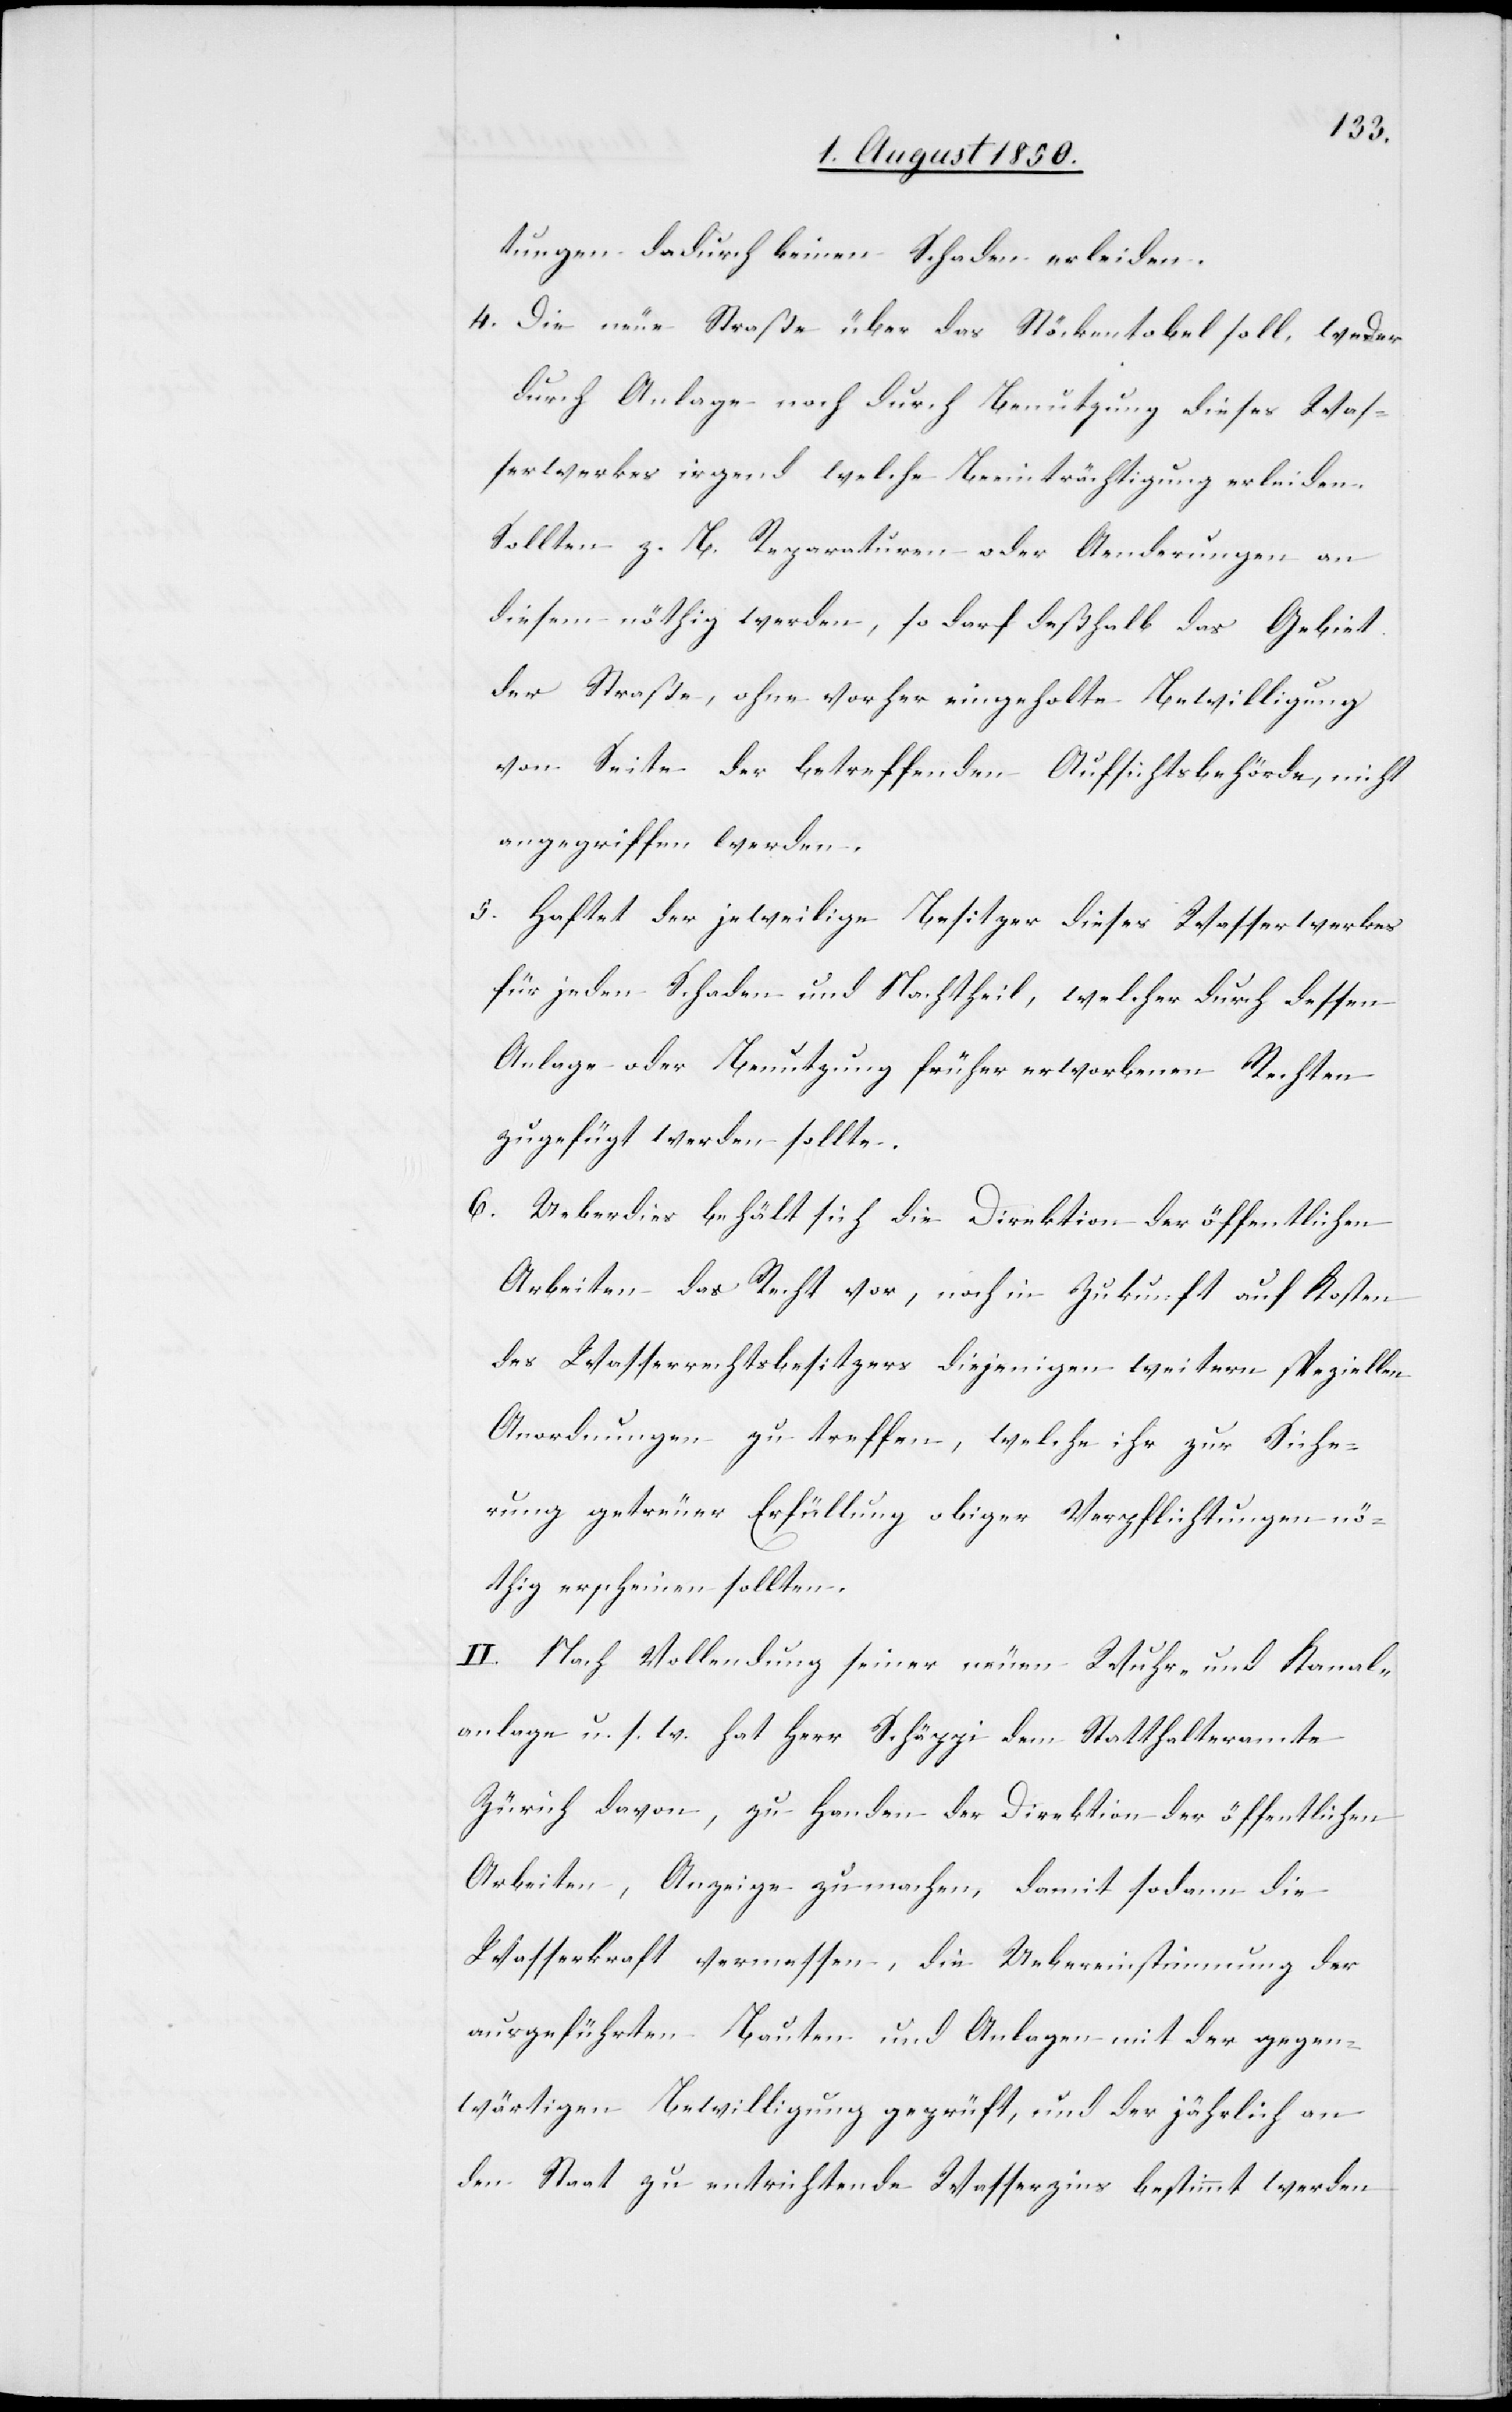
tungen dadurch keinen Schaden erleiden.
4. Die neue Straße über das Stöckentobel soll, weder
durch Anlage noch durch Benutzung dieses Was¬
serwerkes irgend welche Beeinträchtigung erleiden.
Sollten z. B. Reparaturen oder Aenderungen an
diesem nöthig werden, so darf deßhalb das Gebiet
der Straße, ohne vorher eingeholte Bewilligung
von Seite der betreffenden Aufsichtsbehörde, nicht
angegriffen werden.
5. Haftet der jeweilige Besitzer dieses Wasserwerkes
für jeden Schaden und Nachtheil, welcher durch dessen
Anlage oder Benutzung früher erworbenen Rechten
zugefügt werden sollte.
6. Ueberdies behält sich die Direktion der öffentlichen
Arbeiten das Recht vor, noch in Zukunft auf Kosten
des Wasserrechtsbesitzers diejenigen weitern speziellen
Anordnungen zu treffen, welche ihr zu Siche¬
rung getreuer Erfüllung obiger Verpflichtungen nö¬
thig erscheinen sollten.
II. Nach Vollendung seiner neuen Wuhr- und Kanal¬
anlage u. s. w. hat Herr Schäppi dem Statthalteramte
Zürich davon, zu Handen der Direktion der öffentlichen
Arbeiten, Anzeige zu machen, damit sodann die
Wasserkraft vermessen, die Uebereinstimmung der
ausgeführten Bauten und Anlagen mit der gegen¬
wärtigen Bewilligung geprüft, und der jährlich an
den Staat zu entrichtende Wasserzins bestimmt werden